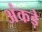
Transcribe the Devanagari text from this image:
अंकड़े